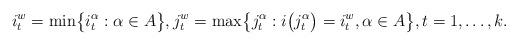
LaTeX: \begin{align*} i^w_{t}=\min\bigl\{i^{\alpha}_{t}:\alpha\in A\bigr\}, j^w_{t}=\max\bigl\{j^{\alpha}_{t}: i\bigl(j^{\alpha}_{t}\bigr)=i^w_{t},\alpha\in A\bigr\}, t=1,\ldots,k.\end{align*}